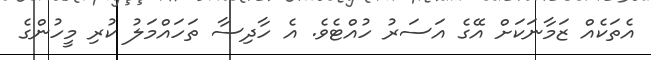
އެތަކެއް ޒަމާނަކަށް އޭގެ އަސަރު ހުއްޓެވެ. އެ ހާދިސާ ތަހައްމަލު ކުރި މީހުންގެ